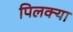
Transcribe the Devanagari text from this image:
पिलक्या